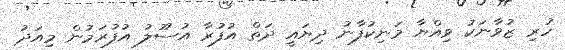
ހުރި ޒުވާނަކު ވިއްޔާ މަނިކުފާނު ދިޔައީ ދަތް އުފުރާ އުސޫލު އުފުރަމުން މިއަދު